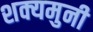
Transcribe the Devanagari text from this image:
शक्यमुनी